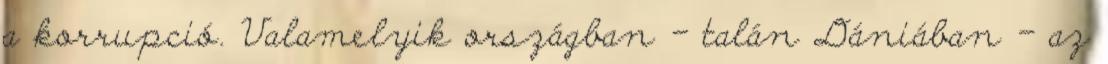
a korrupció. Valamelyik országban - talán Dániában - az